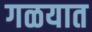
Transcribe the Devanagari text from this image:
गळयात